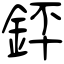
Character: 銔